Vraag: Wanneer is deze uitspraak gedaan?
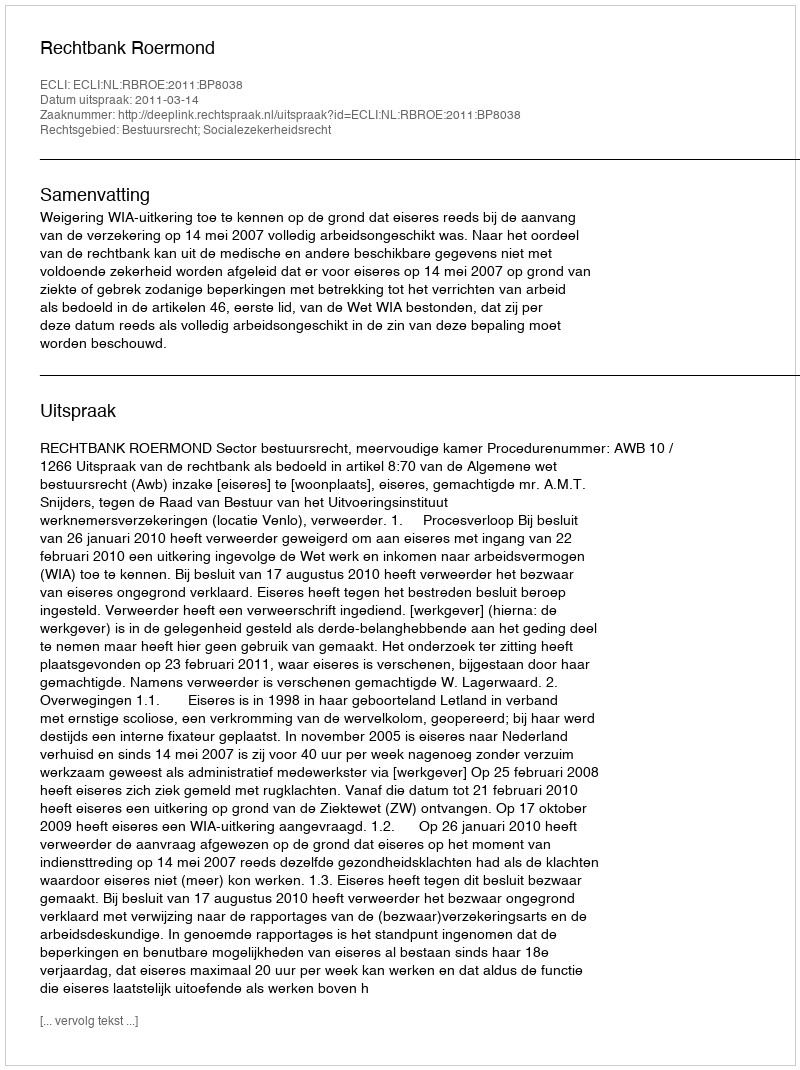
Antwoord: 2011-03-14